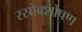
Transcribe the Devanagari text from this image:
रस्रोवशोषण